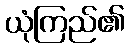
ယုံကြည်၏